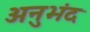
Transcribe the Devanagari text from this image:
अनुभंद